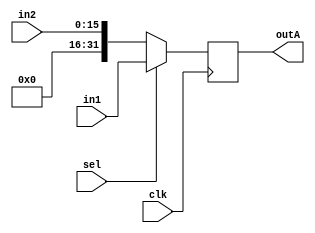
///////////////////////////////////////////////////////
//// 		Design of Multiplxer		//////
/////////////////////////////////////////////////////

module muxA ( clk, in1, in2, sel, outA);
input clk;
input [31:0] in1;
input [15:0] in2;
input sel;
output [31:0] outA;

reg [31:0] outA;

always@(posedge clk)
begin
	if ( sel == 1 ) begin
	outA <= in1;
	end
	else if ( sel == 0) begin
	outA <= {16'b0000000000000000 , in2};
	end
end
endmodule